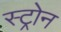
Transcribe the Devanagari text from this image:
स्ट्रोन